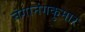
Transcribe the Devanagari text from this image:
नंगानंगकुमार